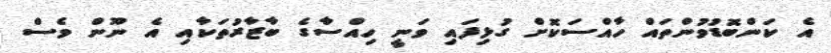
އެ ކަންބޮޑުވުންތައް ހާއްސަކޮށް ގުޅިފައި ވަނީ ހިއްސާގެ ބާޒާރުތަކާއި އެ ނޫން ވެސް